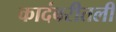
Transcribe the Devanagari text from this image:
कादंबरीतली